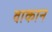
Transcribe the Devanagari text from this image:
वाकान